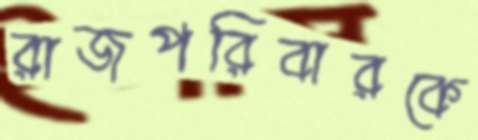
রাজপরিবারকে